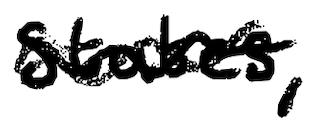
Text: States,
Cross-out: wave
Writing tool: digital_black